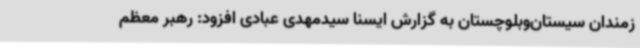
زمندان سیستان‌وبلوچستان به گزارش ایسنا سیدمهدی عبادی افزود: رهبر معظم